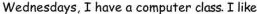
Wednesdays, I have a computer class. I like